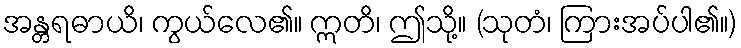
အန္တရဓာယိ၊ ကွယ်လေ၏။ ဣတိ၊ ဤသို့။ (သုတံ၊ ကြားအပ်ပါ၏။)